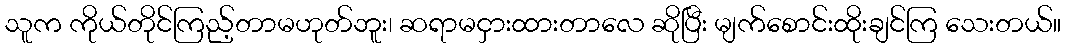
သူက ကိုယ်တိုင်ကြည့်တာမဟုတ်ဘူး၊ ဆရာမငှားထားတာလေ ဆိုပြီး မျက်စောင်းထိုးချင်ကြ သေးတယ်။